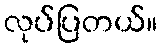
လုပ်ပြတယ်။